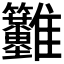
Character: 𩁳